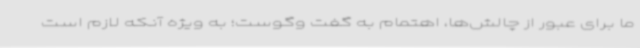
ما برای عبور از چالش‌ها، اهتمام به گفت وگوست؛ به ویژه آنکه لازم است